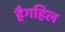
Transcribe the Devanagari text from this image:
हैगहिल